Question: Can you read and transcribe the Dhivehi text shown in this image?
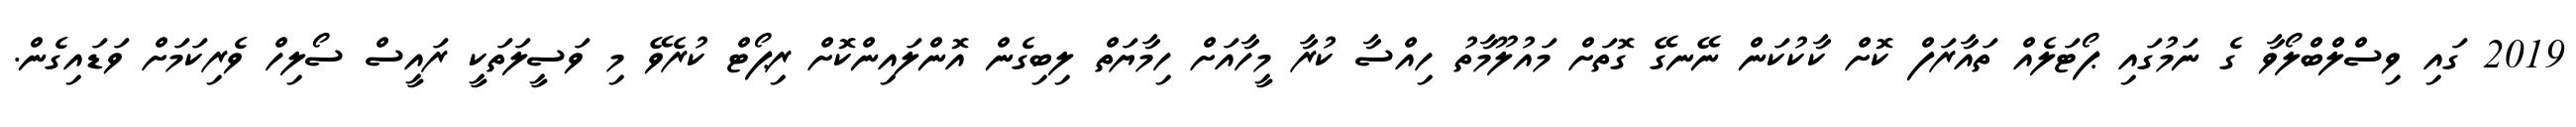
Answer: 2019 ގައި ވިސްލްބްލޯވާ ގެ ނަމުގައި ޕޯޓަލެއް ތައާރަފް ކޮށް ކާކުކަން ނޭނގޭ ގޮތަށް މައުލޫމާތު ހިއްސާ ކުރާ މީހާއަށް ހިމާޔަތް ލިބިގެން އޮންލައިންކޮށް ރިޕޯޓް ކުރެވޭ މި ވަސީލަތަކީ ރައީސް ސޯލިހް ވެރިކަމަށް ވަޑައިގެން.